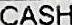
CASH